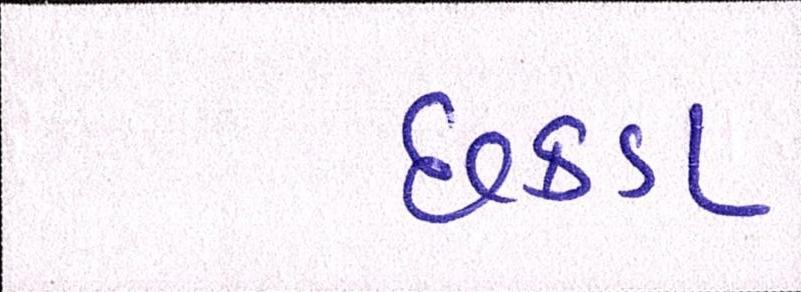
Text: છકડા